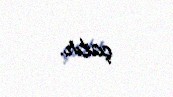
çatır.